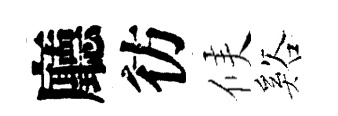
廳彷候谿